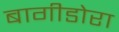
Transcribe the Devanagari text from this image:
बागीडोरा